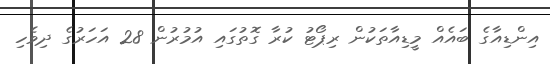
އިންޑިއާގެ ބައެއް މީޑިއާތަކުން ރިޕޯޓު ކުރާ ގޮތުގައި އުމުރުން 28 އަހަރުގެ ދިވެހި